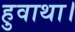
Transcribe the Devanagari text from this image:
हुवाथा।